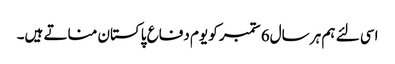
اسی لئے ہم ہر سال6 ستمبر کو یوم دفاع پاکستان مناتے ہیں۔